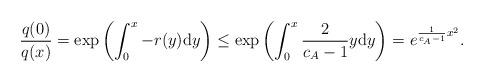
LaTeX: \begin{align*}\frac{q(0)}{q(x)} &= \exp\left( \int^x_0 -r(y)\mathrm dy \right)\leq \exp \left(\int^x_0 \frac{2}{c_A-1}y\mathrm dy\right)= e^{\frac{1}{c_A-1}x^2} .\end{align*}